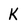
Character: k